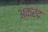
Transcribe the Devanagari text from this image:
अकरंद